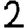
Digit: 2